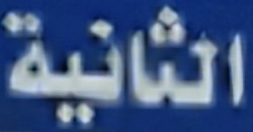
الثانية